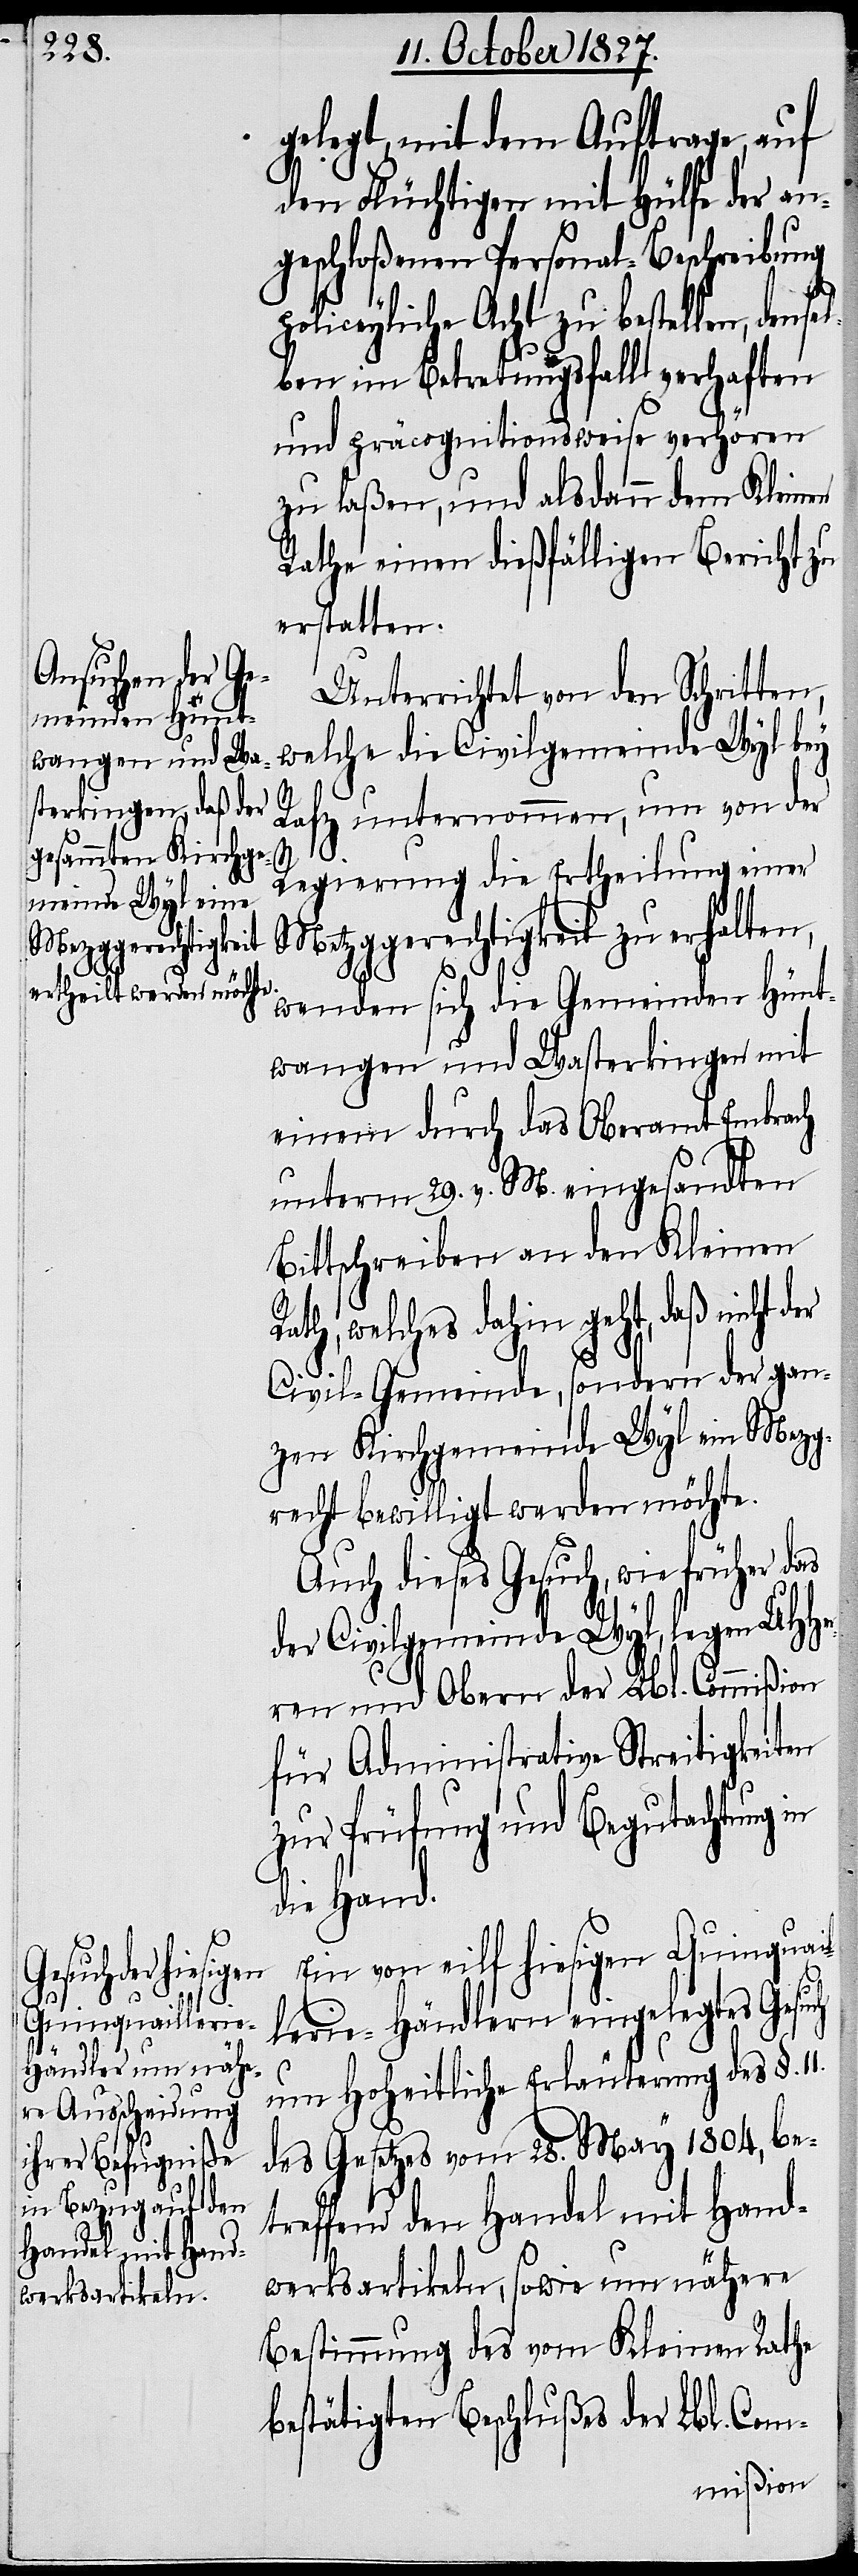
gelegt, mit dem Auftrage, auf
den Flüchtigen mit Hülfe der an¬
geschloßenen Personal-Beschreibung
liceyliche Acht zu bestellen, den¬
lben im Betretungsfall verhaften
und präcognitionsweise verhören
zu laßen, und alsdann dem Kleinen
Rathe einen dießfälligen Bericht zu
erstatten.
Unterrichtet von den Schritten,
welche die Civilgemeinde Wyl bey
Rafz unternommen, um von der
Regierung die Ertheilung einer
Metzggerechtigkeit zu erhalten,
wenden sich die Gemeinden Hünt¬
wangen und Wasterkingen mit
einem durch das Oberamt Embrach
unterm 29. v. M. eingesandten
Bittschreiben an den Kleinen
welches dahin geht, daß nicht
Civil-Gemeinde, sondern der gan¬
zen Kirchgemeinde Wyl ein Mezg¬
recht bewilligt werden möchte.
Auch dieses Gesuch, wie früher das
der Civilgemeinde Wyl, legen UHHer¬
ren und Obern der Lbl. Commißion
für Administrative Streitigkeiten
zur Prüfung und Begutachtung in
ch
die Hand.
Ein von eilf hiesigen Quinquail¬
lerie-Händlern eingelegtes Gesu¬
um Hoheitliche Erläuterung des §.
des Gesetzes vom 28. May 1804, be¬
treffend den Handel mit Hand¬
werksartikeln, sowie um nähere
Bestimmung des vom Kleinen Rathe
bestätigten Beschlußes der Lbl. Com-